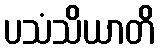
ပသံသိယာတိ